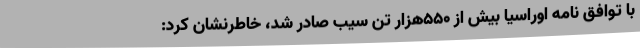
با توافق نامه اوراسیا بیش از 550هزار تن سیب صادر شد، خاطرنشان کرد: